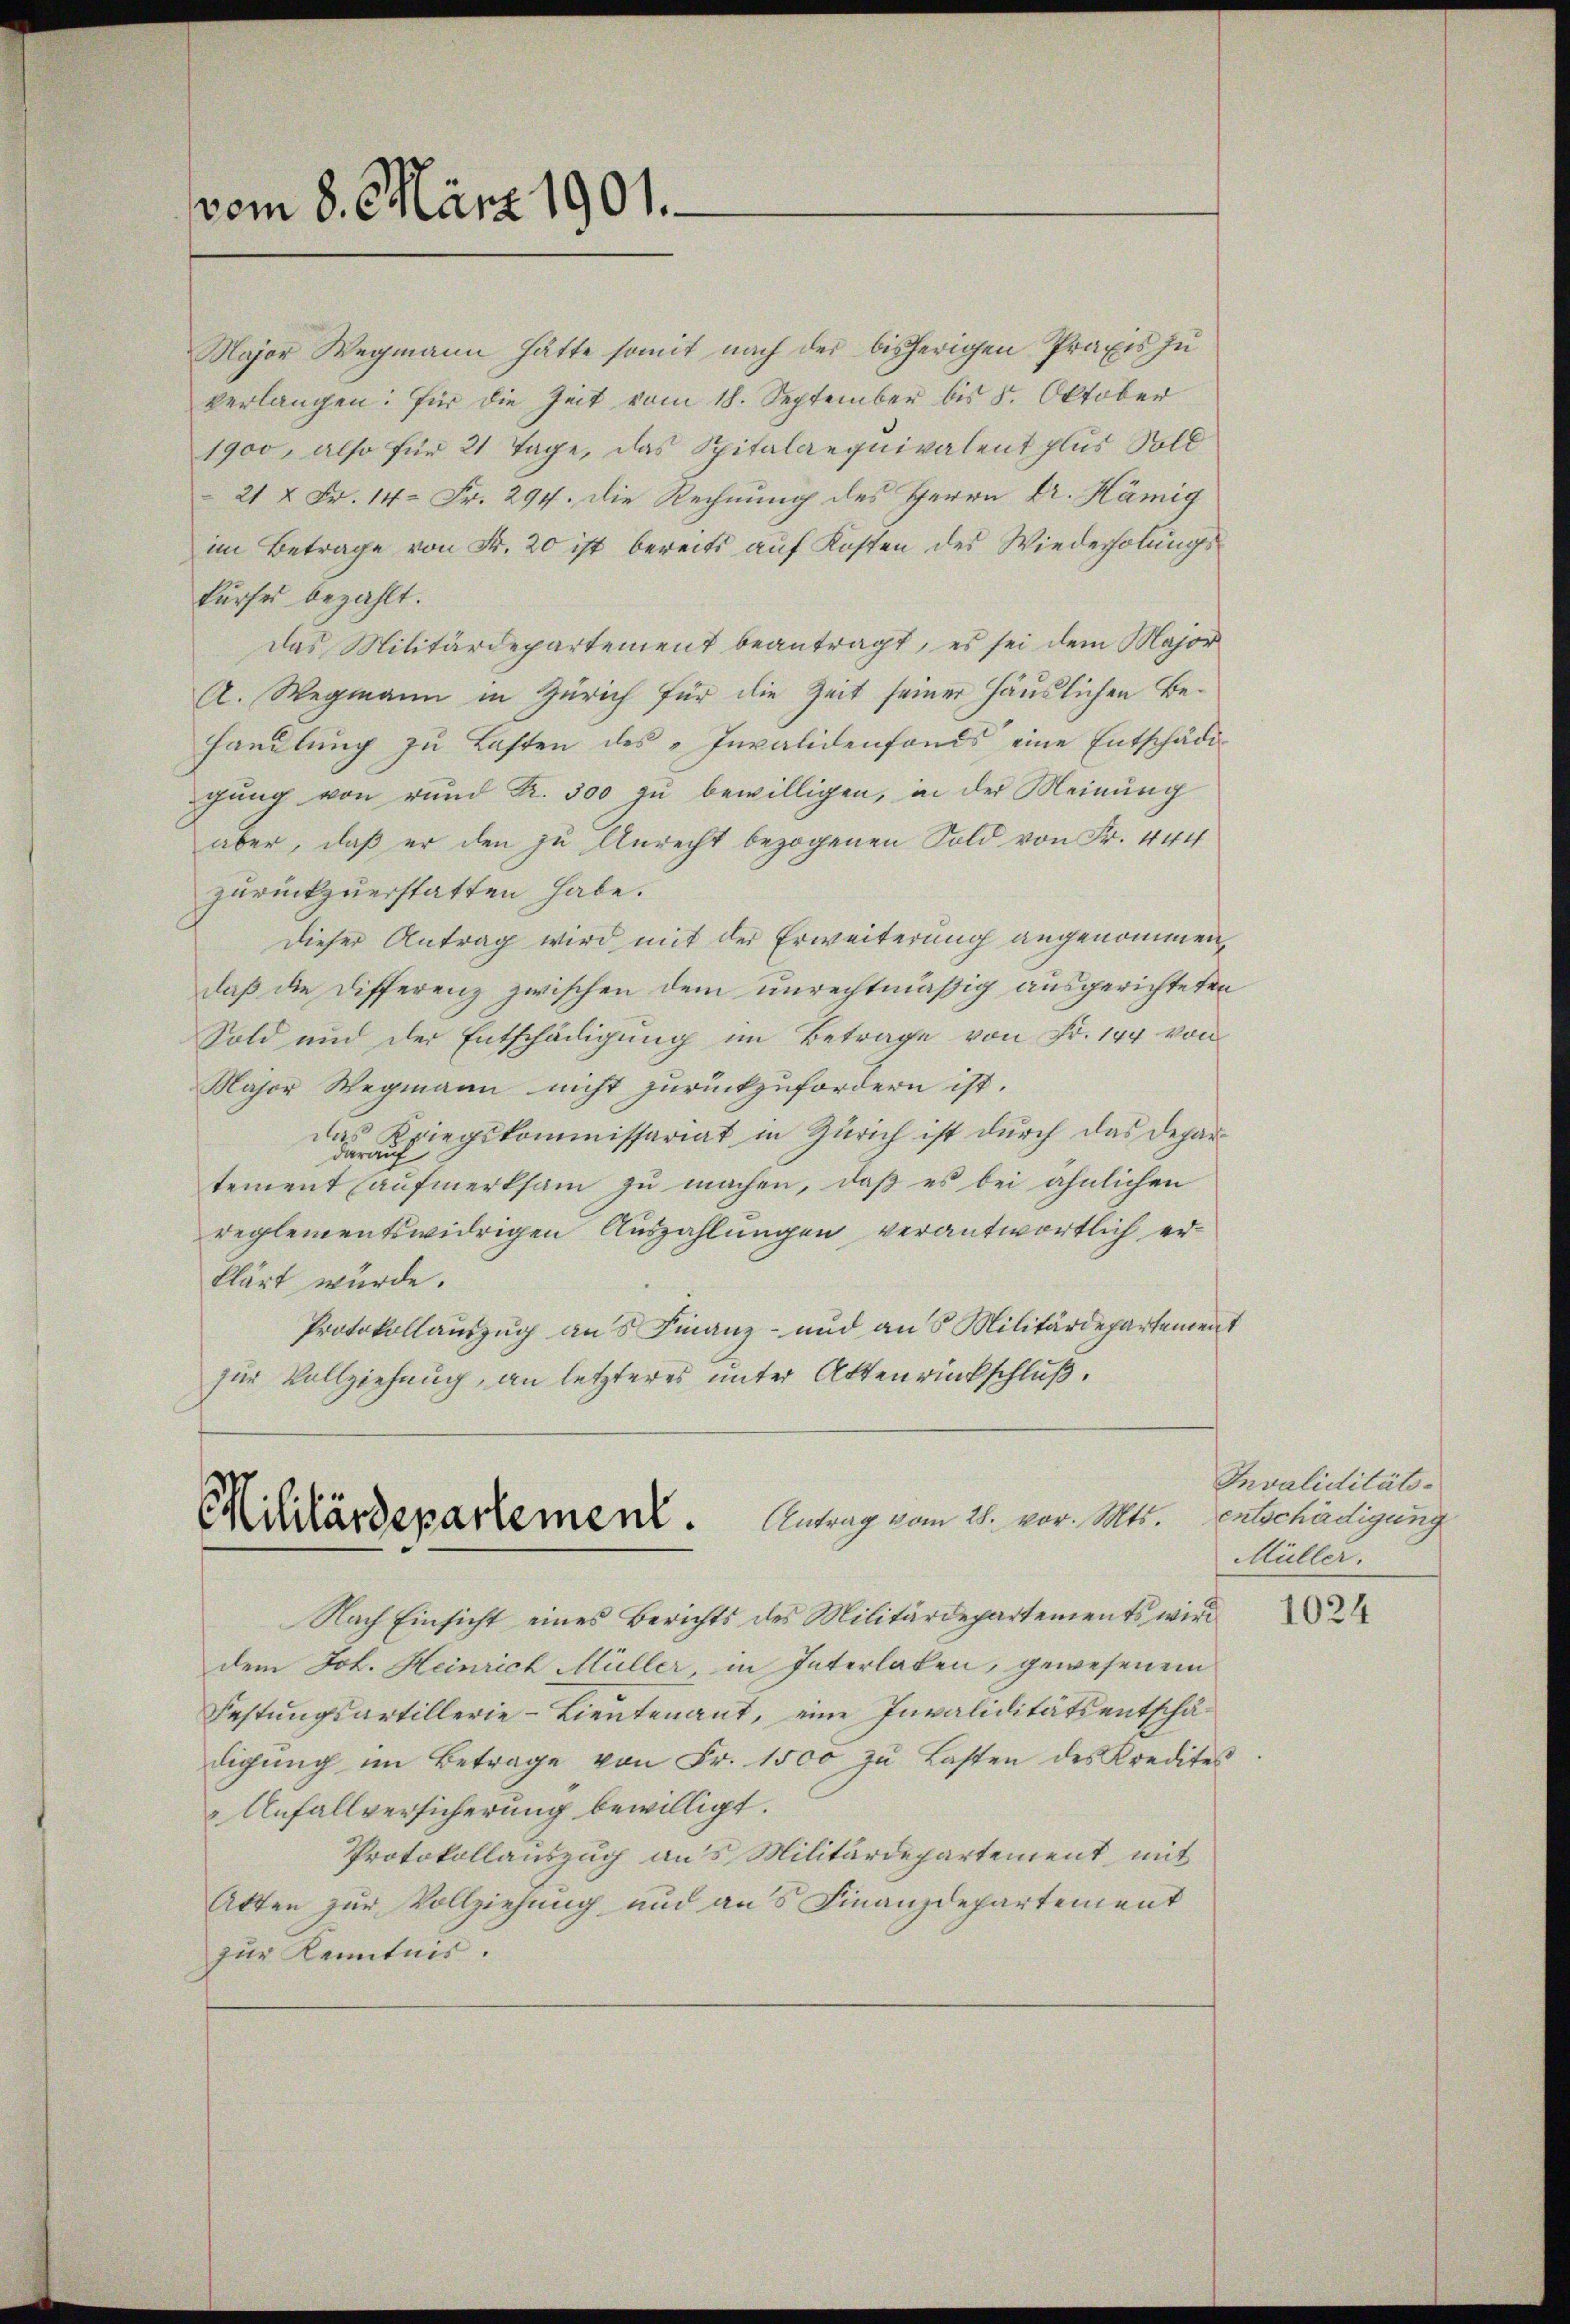
vom 8. März 1901.

Major Wegmann hätte somit nach der bisherigen Praxis zu
verlangen: für die Zeit vom 18. September bis 5. Oktober
1900, also für 21 Tage, das Spitalaequivalent plus Soll
21 & Fr. 14. Fr. 294. Die Rechnung des Herrn Dr. Hämig
im Betrage von Fr. 20 ist bereits auf Kosten des Wiederholungskurses bezahlt.
das Militärdepartement beantragt, es sei dem Major
A. Wegmann in Zürich für die Zeit seiner Häuslichen Behandlŭng zu Lasten des „Invalidenfonds eine Entschädigung von rund Kr. 500 zu bewilligen, in der Meinung
aber, daß er den zu Anrecht bezogenen Sold von Fr. 444
zurückzuerstatten habe.
Dieser Antrag wird mit der Erweiterung angenommen,
daß die Differenz zwischen dem unrechtmäßig ausgerichteten
Sold und der Entschädigung im Betrage von Fr. 144 von
Major Wegmann nicht zurückzufordern ist.
das Kriegskommissariat in Zürich ist durch das Depardarauf
tement (aufmerksam zu machen, daß es bei ähnlichen
reglementswidrigen Auszahlungen verantwortlich erklärt würde.
Protokollauszug aus Finanz- und aus Militärdepartement
für Vollziehung, an letzteres unter Aktenrückschluß.

Militärdepartement. Antrag vom 21. vor. Mts.

Nach Einsicht eines Berichts des Militärdepartements wird
dem Joh. Heinrich Müller in Interlaken, gewesenem
Festungsartillerie-Lieutenant, eine Invaliditäts entschädigŭng im Betrage von Fr. 1500 zŭ Lasten des Kredites
 Anfallversicherung bewilligt.
Protokollauszug aus Militärdepartement mit
Akten zur Vollziehung und aus Finanzdepartement
zur Kenntnis.

Invaliditätsentschädigung
Müller.

1024